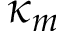
\kappa _ { m }